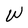
Character: W